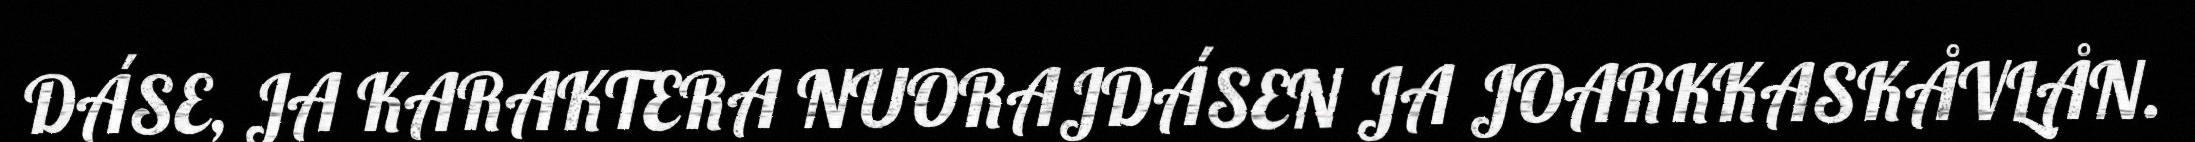
DÁSE, JA KARAKTERA NUORAJDÁSEN JA JOARKKASKÅVLÅN.